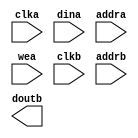
module beta_shared_mem(
	clka,
	dina,
	addra,
	wea,
	clkb,
	addrb,
	doutb);


input clka;
input [31 : 0] dina;
input [7 : 0] addra;
input [0 : 0] wea;
input clkb;
input [7 : 0] addrb;
output [31 : 0] doutb;

// synthesis translate_off

      BLK_MEM_GEN_V2_8 #(
		.C_ADDRA_WIDTH(8),
		.C_ADDRB_WIDTH(8),
		.C_ALGORITHM(1),
		.C_BYTE_SIZE(9),
		.C_COMMON_CLK(0),
		.C_DEFAULT_DATA("0"),
		.C_DISABLE_WARN_BHV_COLL(0),
		.C_DISABLE_WARN_BHV_RANGE(0),
		.C_FAMILY("virtex5"),
		.C_HAS_ENA(0),
		.C_HAS_ENB(0),
		.C_HAS_MEM_OUTPUT_REGS_A(0),
		.C_HAS_MEM_OUTPUT_REGS_B(0),
		.C_HAS_MUX_OUTPUT_REGS_A(0),
		.C_HAS_MUX_OUTPUT_REGS_B(0),
		.C_HAS_REGCEA(0),
		.C_HAS_REGCEB(0),
		.C_HAS_SSRA(0),
		.C_HAS_SSRB(0),
		.C_INIT_FILE_NAME("beta_shared_mem.mif"),
		.C_LOAD_INIT_FILE(1),
		.C_MEM_TYPE(1),
		.C_MUX_PIPELINE_STAGES(0),
		.C_PRIM_TYPE(1),
		.C_READ_DEPTH_A(256),
		.C_READ_DEPTH_B(256),
		.C_READ_WIDTH_A(32),
		.C_READ_WIDTH_B(32),
		.C_SIM_COLLISION_CHECK("ALL"),
		.C_SINITA_VAL("0"),
		.C_SINITB_VAL("0"),
		.C_USE_BYTE_WEA(0),
		.C_USE_BYTE_WEB(0),
		.C_USE_DEFAULT_DATA(1),
		.C_USE_ECC(0),
		.C_USE_RAMB16BWER_RST_BHV(0),
		.C_WEA_WIDTH(1),
		.C_WEB_WIDTH(1),
		.C_WRITE_DEPTH_A(256),
		.C_WRITE_DEPTH_B(256),
		.C_WRITE_MODE_A("READ_FIRST"),
		.C_WRITE_MODE_B("READ_FIRST"),
		.C_WRITE_WIDTH_A(32),
		.C_WRITE_WIDTH_B(32),
		.C_XDEVICEFAMILY("virtex5"))
	inst (
		.CLKA(clka),
		.DINA(dina),
		.ADDRA(addra),
		.WEA(wea),
		.CLKB(clkb),
		.ADDRB(addrb),
		.DOUTB(doutb),
		.ENA(),
		.REGCEA(),
		.SSRA(),
		.DOUTA(),
		.DINB(),
		.ENB(),
		.REGCEB(),
		.WEB(),
		.SSRB(),
		.DBITERR(),
		.SBITERR());


// synthesis translate_on

// XST black box declaration
// box_type "black_box"
// synthesis attribute box_type of beta_shared_mem is "black_box"

endmodule